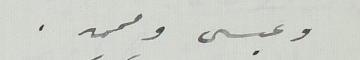
وعيسى ومحمد.